Leaving Certificate Examination, 1921
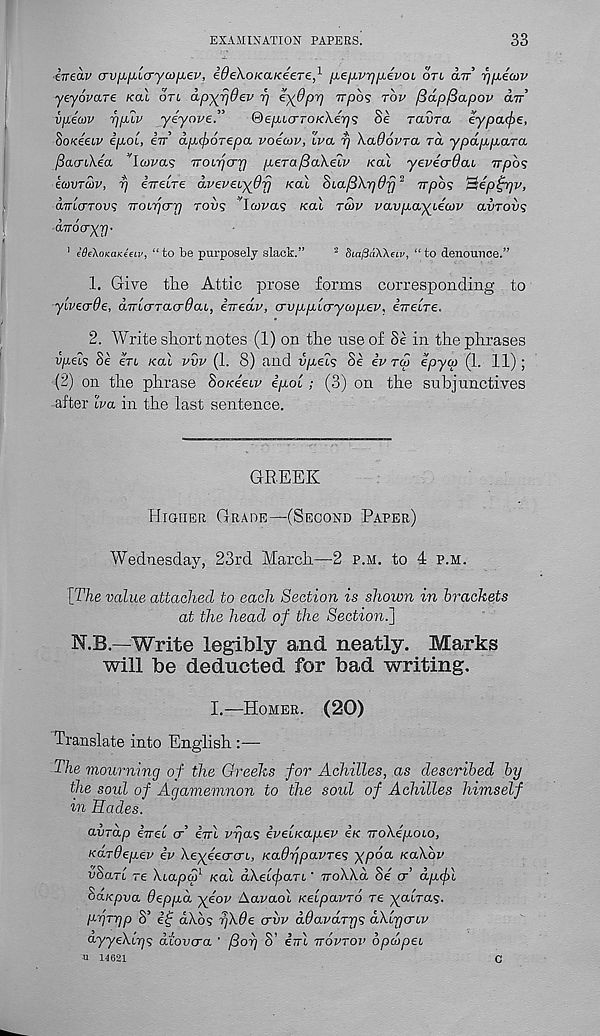
EXAMINATION PAPERS.
33
ineav av^icryuiiiev, ideXoKaKeere, 1 (jLefjLvij/jLepoL otl an rj/iean’
yeyovare /cat on ap-^rjdev rj ey^PV ^pos top fidpfiapop an
vpecop rjjxip yeyope.”
®ep,icrroK\er)<; Se ravra eypa<pe,
SoxeeiP ipoi, in apbcfiOTepa poecop, Ipa r/ XaOopra ra ypapp-ara
fiaaikia
a? noLrjcrr] p.eTaf3a\eip /cat yepecrOau npbs
eavrcop, rj ineire dpepeuyOfj /cat SLafSXrjOfj 2 npbs ^ep^rjp,
amcrToi/s noirjcrrj tov? 'Icopas /cat tcop pavp-ayiewp ainovs
dnocryj)-
1 idikoKatUav, “to be purposely slack.”
2 SiajiaWeiv, “to denounce.”
1. Give the Attic prose forms corresponding to
yivearde, 6.nicrrau6ai, inedp, crvppbcryaipep^ inebre.
2. Write short notes (1) on the use of Se in the phrases
Pfiets Se ert /cat pvp (1. 8) and i/p,et5 8e ip rep epyco (1. 11) ;
(2) on the phrase SoKeeup ip.o[; (3) on the subjunctives
after Iva in the last sentence.
GREEK
Higher Grade—(Second Paper)
Wednesday, 23rd March—2 p.m. to 4 p.m.
[The value attached to each Section is shown in brackets
at the head of the Section.']
N.B.—Write legibly and neatly. Marks
will be deducted for bad writing.
I.—Homer. (20)
Translate into English :—
The mourning of the Greeks for Achilles, as described by
the soul of Agamemnon to the soul of Achilles himself
in Hades.
avrdp inel cr ini pfjas ipeiKapep ix nokipoio,
xardepep ip Xeyeecrcrb, xadrjpapres ypba xaXbp
vSart re Xcapco 1 /cat aXelifaTL' noXXd Se cr’ dpcf)l
Sa/cpua deppd yi°p Aavaot xelpavTo re ^atra?.
pyryp S’ if; dXbs fjXde ervv ddapaTys dXlrjcrLP
ayyeXirjs dtovera ’ /Sof) S’ iirl noprop bpclipei
TX 14621
c